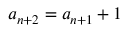
a _ { n + 2 } = a _ { n + 1 } + 1